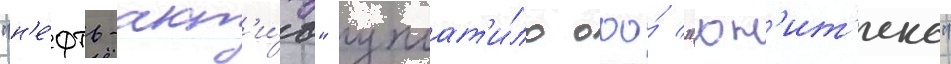
"н'е́фть-акт'и́в" уплат'и́ло ооо́ "юн'ит'екс"